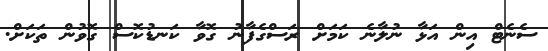
ސެނެޓް އިން އަޅާ ނުލާނެ ކަމަށް ރަސްގެފާނު ގޮވާ ކަނޑުކޮސް ގޮވުން ތަކަށް.